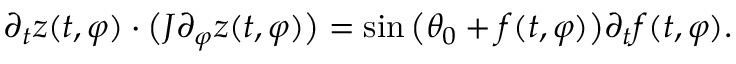
\partial _ { t } z ( t , \varphi ) \cdot \big ( J \partial _ { \varphi } z ( t , \varphi ) \big ) = \sin \big ( \theta _ { 0 } + f ( t , \varphi ) \big ) \partial _ { t } f ( t , \varphi ) .